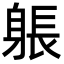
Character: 躼